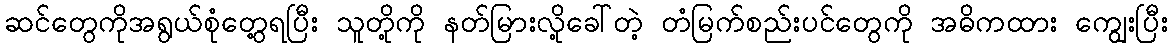
ဆင်တွေကိုအရွယ်စုံတွေ့ရပြီး သူတို့ကို နတ်မြားလို့ခေါ်တဲ့ တံမြက်စည်းပင်တွေကို အဓိကထား ကျွေးပြီး